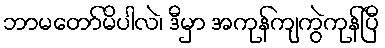
ဘာမတော်မိပါလဲ၊ ဒီမှာ အကုန်ကျကွဲကုန်ပြီ